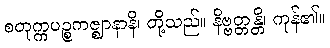
စတုက္ကပဉ္စကဇ္ဈာနာနိ၊ တို့သည်။ နိဗ္ဗတ္တန္တိ၊ ကုန်၏။